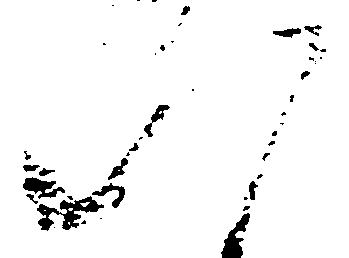
八